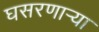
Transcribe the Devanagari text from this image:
घसरणाऱ्या